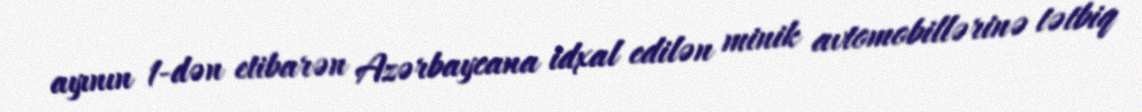
ayının 1-dən etibarən Azərbaycana idxal edilən minik avtomobillərinə tətbiq